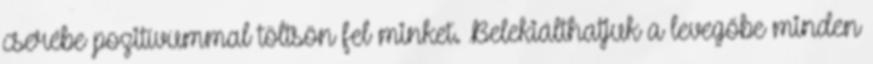
cserébe pozitívummal töltsön fel minket. Belekiálthatjuk a levegőbe minden